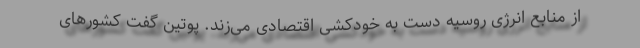
از منابع انرژی روسیه دست به خودکشی اقتصادی می‌زند. پوتین گفت کشورهای